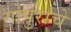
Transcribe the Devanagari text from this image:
गोपुरांचे